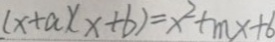
( x + a ) ( x + b ) = x ^ { 2 } + m x + 6